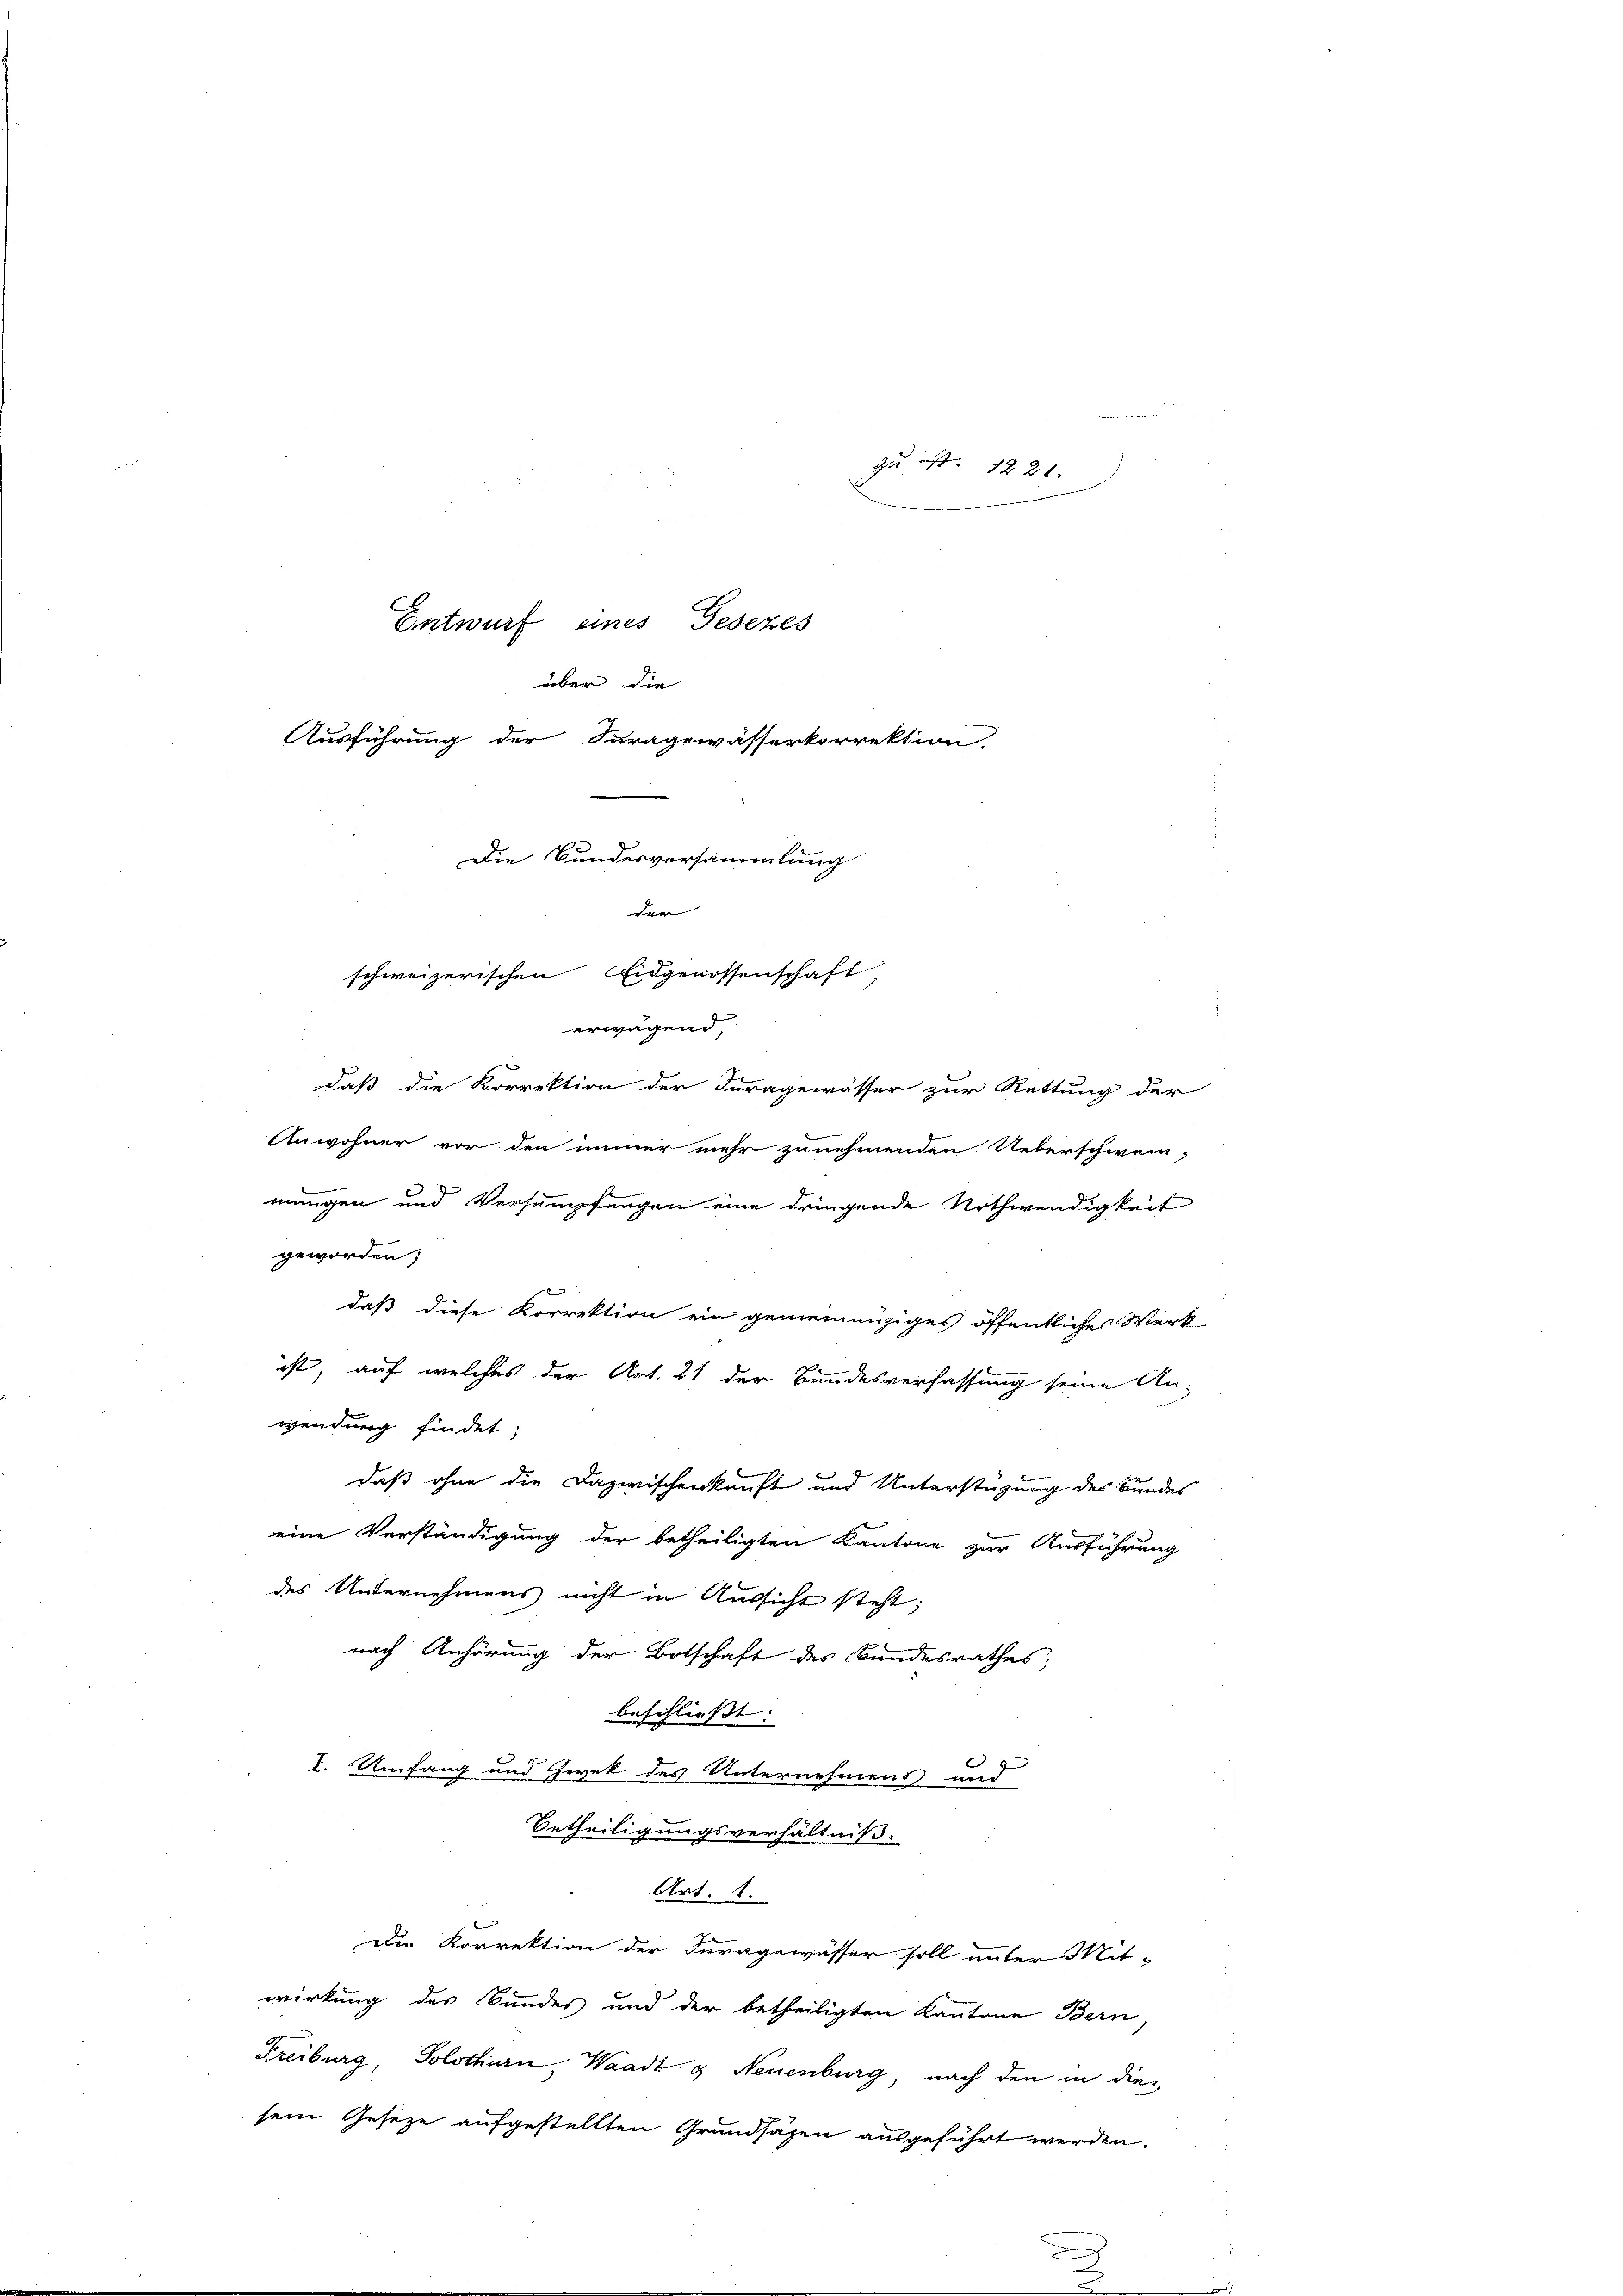
Entwurf eines Gesezes
über die
Ausführung der Furagewässerkorrektion

e
zu ist. 1221.
Die Bundesversammlung
x
schweizerischen Eidgenossenschaft,
erwagend,
daß die Korrektion der Juragewässer zur Rettung der

Anwohner vor den immer mehr zunehmenden Ueberschwein,
b
mungen und Versumpfungen eine dringende Nothwendigkeit

geworden;
daß diese Korrektion ein gemeinnüziges öffentliche Werk-
ist, auf welches der Art. 21 der Bundesverfassung seine An-
wendung findet;
daß ohne die Dazwischenkunft und Unterstüzung der Bundes
eine Verständigung der betheiligten Kantone zur Ausführung
des Unternehmens nicht in Aussicht steht;
nach Anhörung der Botschaft des Bandesrathes;
beschliesst: |
I. Umfang und Zwek des Unternehmens und
Betheiligungsverhältniß.
Art. 1.
Die Korrektion der Juragewässer soll unter Mit-
wirkung des Bundes und der betheiligten Kantone Bern,
Freiburg, Solothurn, Waadt. g Neuenburg, nach den in diesein Gesetze aufgestellten Grundsazen ausgeführt werden.